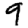
Digit: 9